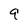
Character: 9